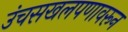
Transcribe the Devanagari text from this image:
उंचसखलपणावरून